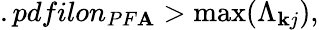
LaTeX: .pdfilon_{PF\mathbf{A}}>\operatorname*{max}(\Lambda_{\mathbf{k}j}),